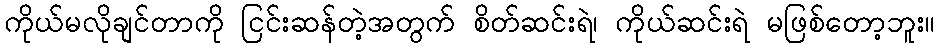
ကိုယ်မလိုချင်တာကို ငြင်းဆန်တဲ့အတွက် စိတ်ဆင်းရဲ၊ ကိုယ်ဆင်းရဲ မဖြစ်တော့ဘူး။